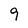
Character: 9